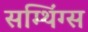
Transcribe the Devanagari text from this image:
सम्थिंग्स